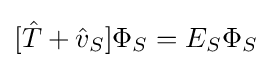
[{\hat {T}}+{\hat {v}}_{S}]\Phi _{S}=E_{S}\Phi _{S}